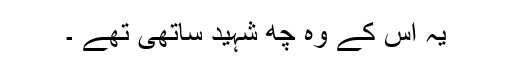
یہ اس کے وہ چھ شہید ساتھی تھے ۔